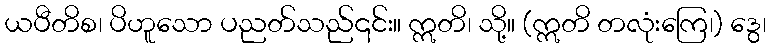
ယပီတိစ၊ ပိဟူသော ပညတ်သည်၎င်း။ ဣတိ၊ သို့။ (ဣတိ တလုံးကြေ၊) ဒွေ၊